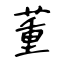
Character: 董